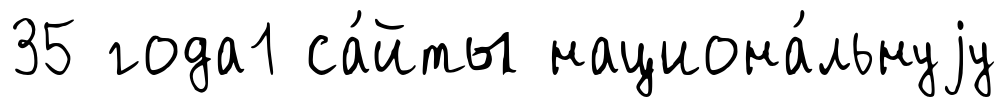
35 года1 са́йты национа́льнуjу